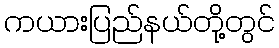
ကယားပြည်နယ်တို့တွင်